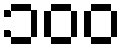
၁၀၀